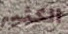
الكثير